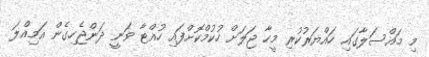
މި މައްސަލާގައި ހައްޔަރުކުރި މީހާ ޖަލަށް ހުކުމްކޮށްފައި ހުއްޓާ ވަނީ ދަންޖެހިގެން އަމިއްލަ